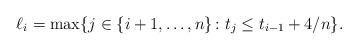
LaTeX: \begin{align*}\ell_i = \max\{j\in\{i+1,\dots,n\}\colon t_j \le t_{i-1} + 4/n\}.\end{align*}